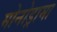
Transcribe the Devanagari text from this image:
मोनोड्रामा